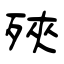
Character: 殎